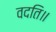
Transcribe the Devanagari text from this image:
वदति॥